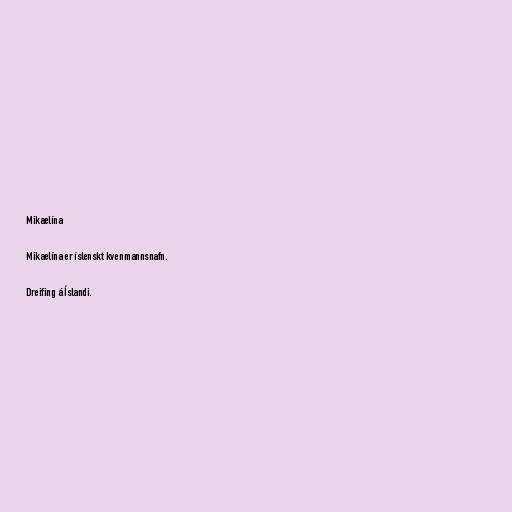
Mikaelína

Mikaelína er íslenskt kvenmannsnafn.

Dreifing á Íslandi.